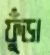
ফুঁড়া